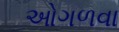
ઓગળવા